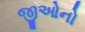
જીઓનો